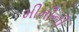
મીમીની